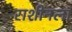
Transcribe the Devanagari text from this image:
राशीनला